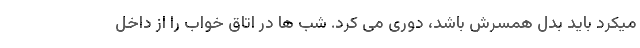
میکرد باید بدل همسرش باشد، دوری می کرد. شب ها در اتاق خواب را از داخل